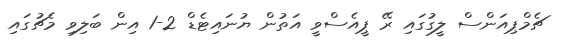
ޗެމްޕިއަންސް ލީގުގައި ރޭ ޕީއެސްވީ އަތުން ޔުނައިޓެޑް 2-1 އިން ބަލިވި މެޗުގައި